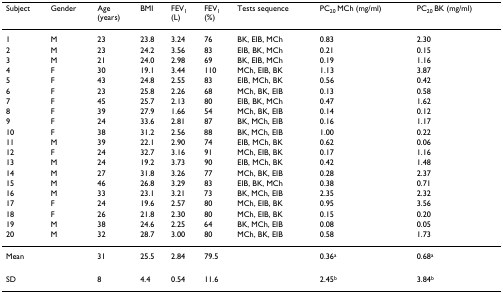
<table><thead><tr><td><b>Subject</b></td><td><b>Gender</b></td><td><b>Age(years)</b></td><td><b>BMI</b></td><td><b>FEV<sub>1</sub>(L)</b></td><td><b>FEV<sub>1</sub>(%)</b></td><td><b>Tests sequence</b></td><td><b>PC<sub>20 </sub>MCh (mg/ml)</b></td><td><b>PC<sub>20 </sub>BK (mg/ml)</b></td></tr></thead><tbody><tr><td>1</td><td>M</td><td>23</td><td>23.8</td><td>3.24</td><td>76</td><td>BK, EIB, MCh</td><td>0.83</td><td>2.30</td></tr><tr><td>2</td><td>M</td><td>23</td><td>24.2</td><td>3.56</td><td>83</td><td>EIB, BK, MCh</td><td>0.21</td><td>0.15</td></tr><tr><td>3</td><td>M</td><td>21</td><td>24.0</td><td>2.98</td><td>69</td><td>BK, EIB, MCh</td><td>0.19</td><td>1.16</td></tr><tr><td>4</td><td>F</td><td>30</td><td>19.1</td><td>3.44</td><td>110</td><td>MCh, EIB, BK</td><td>1.13</td><td>3.87</td></tr><tr><td>5</td><td>F</td><td>43</td><td>24.8</td><td>2.55</td><td>83</td><td>EIB, MCh, BK</td><td>0.56</td><td>0.42</td></tr><tr><td>6</td><td>F</td><td>23</td><td>25.8</td><td>2.26</td><td>68</td><td>MCh, BK, EIB</td><td>0.13</td><td>0.58</td></tr><tr><td>7</td><td>F</td><td>45</td><td>25.7</td><td>2.13</td><td>80</td><td>EIB, BK, MCh</td><td>0.47</td><td>1.62</td></tr><tr><td>8</td><td>F</td><td>39</td><td>27.9</td><td>1.66</td><td>54</td><td>MCh, BK, EIB</td><td>0.14</td><td>0.12</td></tr><tr><td>9</td><td>F</td><td>24</td><td>33.6</td><td>2.81</td><td>87</td><td>BK, MCh, EIB</td><td>0.16</td><td>1.17</td></tr><tr><td>10</td><td>F</td><td>38</td><td>31.2</td><td>2.56</td><td>88</td><td>BK, MCh, EIB</td><td>1.00</td><td>0.22</td></tr><tr><td>11</td><td>M</td><td>39</td><td>22.1</td><td>2.90</td><td>74</td><td>EIB, MCh, BK</td><td>0.62</td><td>0.06</td></tr><tr><td>12</td><td>F</td><td>24</td><td>32.7</td><td>3.16</td><td>91</td><td>MCh, EIB, BK</td><td>0.17</td><td>1.16</td></tr><tr><td>13</td><td>M</td><td>24</td><td>19.2</td><td>3.73</td><td>90</td><td>EIB, MCh, BK</td><td>0.42</td><td>1.48</td></tr><tr><td>14</td><td>M</td><td>27</td><td>31.8</td><td>3.26</td><td>77</td><td>MCh, BK, EIB</td><td>0.28</td><td>2.37</td></tr><tr><td>15</td><td>M</td><td>46</td><td>26.8</td><td>3.29</td><td>83</td><td>EIB, BK, MCh</td><td>0.38</td><td>0.71</td></tr><tr><td>16</td><td>M</td><td>33</td><td>23.1</td><td>3.21</td><td>73</td><td>BK, MCh, EIB</td><td>2.35</td><td>2.32</td></tr><tr><td>17</td><td>F</td><td>24</td><td>19.6</td><td>2.57</td><td>80</td><td>MCh, EIB, BK</td><td>0.95</td><td>3.56</td></tr><tr><td>18</td><td>F</td><td>26</td><td>21.8</td><td>2.30</td><td>80</td><td>MCh, EIB, BK</td><td>0.15</td><td>0.20</td></tr><tr><td>19</td><td>M</td><td>38</td><td>24.6</td><td>2.25</td><td>64</td><td>BK, MCh, EIB</td><td>0.08</td><td>0.05</td></tr><tr><td>20</td><td>M</td><td>32</td><td>28.7</td><td>3.00</td><td>80</td><td>MCh, BK, EIB</td><td>0.58</td><td>1.73</td></tr><tr><td>Mean</td><td></td><td>31</td><td>25.5</td><td>2.84</td><td>79.5</td><td></td><td>0.36<sup>a</sup></td><td>0.68<sup>a</sup></td></tr><tr><td>SD</td><td></td><td>8</td><td>4.4</td><td>0.54</td><td>11.6</td><td></td><td>2.45<sup>b</sup></td><td>3.84<sup>b</sup></td></tr></tbody></table>